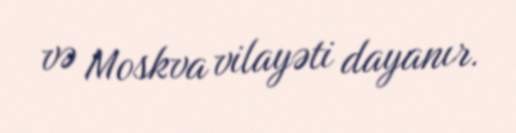
və Moskva vilayəti dayanır.